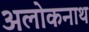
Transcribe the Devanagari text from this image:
अलोकनाथ